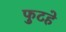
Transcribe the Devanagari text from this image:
फुटहे